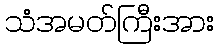
သံအမတ်ကြီးအား